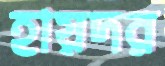
হায়দর